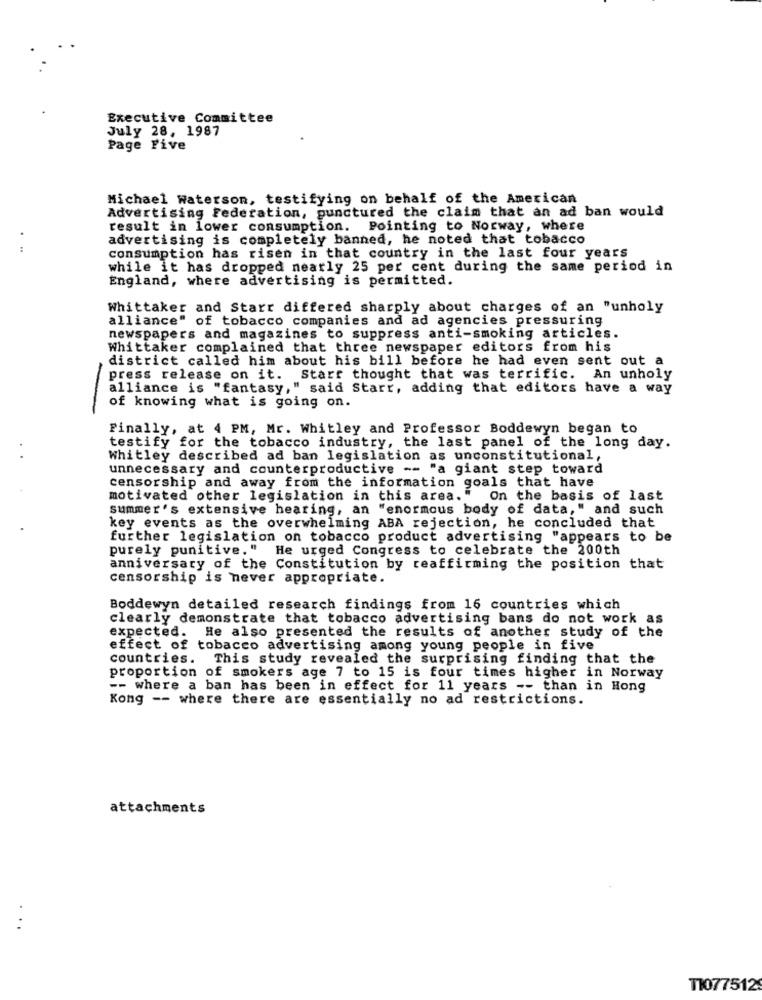
Executive Committee
July 28, 1987
Page Five
Michael Waterson, testifying on behalf of the American
Advertising Federation, punctured the claim that an ad ban would
result in lower consumption. Pointing to Norway, where
advertising is completely banned, he noted that tobacco
...
consumption has risen in that country in the last four years
while it has dropped nearly 25 per cent during the same period in
England, where advertising is permitted.
Whittaker and Starr differed sharply about charges of an "unholy
alliance" of tobacco companies and ad agencies pressuring
newspapers and magazines to suppress anti-smoking articles.
Whittaker complained that three newspaper editors from his
district called him about his bill before he had even sent out a
press release on it. Starr thought that was terrific. An unholy
alliance is "fantasy," said Starr, adding that editors have a way
-
of knowing what is going on.
Finally, at 4 PM, Mr. Whitley and Professor Boddewyn began to
testify for the tobacco industry, the last panel of the long day.
Whitley described ad ban legislation as unconstitutional,
unnecessary and counterproductive -- "a giant step toward
censorship and away from the information goals that have
motivated other legislation in this area." On the basis of last
summer's extensive hearing, an "enormous body of data," and such
key events as the overwhelming ABA rejection, he concluded that
further legislation on tobacco product advertising "appears to be
purely punitive." He urged Congress to celebrate the 200th
anniversary of the Constitution by reaffirming the position that
censorship is never appropriate.
Boddewyn detailed research findings from 16 countries which
clearly demonstrate that tobacco advertising bans do not work as
expected. He also presented the results of another study of the
effect of tobacco advertising among young people in five
countries. This study revealed the surprising finding that the
proportion of smokers age 7 to 15 is four times higher in Norway
-- where a ban has been in effect for 11 years -- than in Hong
Kong -- where there are essentially no ad restrictions.
attachments
...
11077512